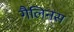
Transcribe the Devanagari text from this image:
गैलिनस